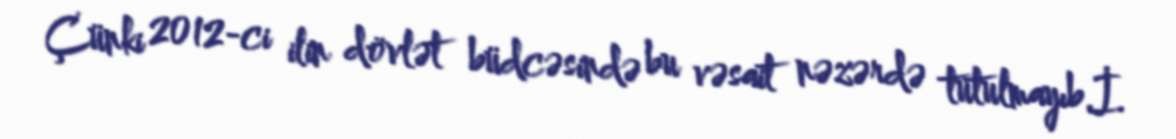
Çünki 2012-ci ilin dövlət büdcəsində bu vəsait nəzərdə tutulmayıb.İ.